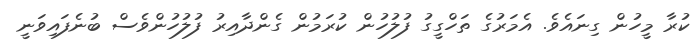
ކުރާ މީހުން ގިނައެވެ. އެމަރުގެ ތަހްގީގު ފުލުހުން ކުރަމުން ގެންދާއިރު ފުލުހުންވެސް ބުނެފައިވަނީ